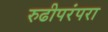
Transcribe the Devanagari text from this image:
रुढीपरंपरा